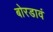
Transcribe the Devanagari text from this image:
बोरडावं